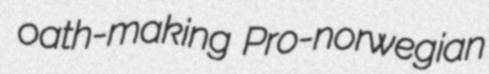
oath-making Pro-norwegian